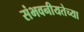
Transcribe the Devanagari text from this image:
संभवनीयतेच्या